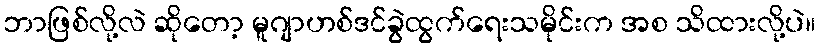
ဘာဖြစ်လို့လဲ ဆိုတော့ မူဂျာဟစ်ဒင်ခွဲထွက်ရေးသမိုင်းက အစ သိထားလို့ပဲ။